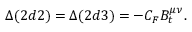
\Delta ( 2 d 2 ) = \Delta ( 2 d 3 ) = - C _ { F } B _ { t } ^ { \mu \nu } .